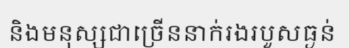
និងមនុស្សជាច្រើននាក់រងរបួសធ្ងន់